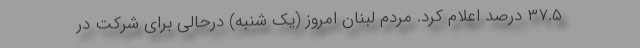
۳۷.۵ درصد اعلام کرد. مردم لبنان امروز (یک شنبه) درحالی برای شرکت در